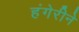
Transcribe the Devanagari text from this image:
हंगेरीने